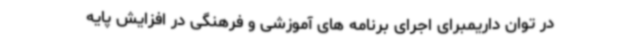
در توان داریمبرای اجرای برنامه های آموزشی و فرهنگی در افزایش پایه